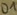
Text: D1